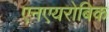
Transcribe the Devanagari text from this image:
एनएयरोबिक